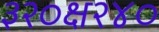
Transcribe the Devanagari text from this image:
३२०क्ष२४०